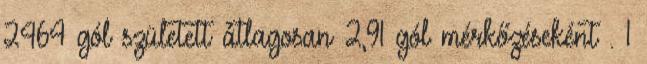
2464 gól született átlagosan 2,91 gól mérkőzéseként . 1